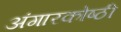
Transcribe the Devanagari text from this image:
अंगारकोष्ठी